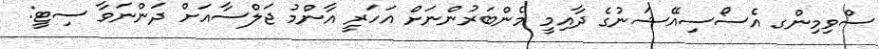
ސްވިމިންގ އެސޯސިއޭޝަނުގެ ދާއިމީ މެންބަރުންނަށް އަހަރީ އާންމު ޖަލްސާއަށް ދަންނަވާ ސިޓީ: